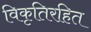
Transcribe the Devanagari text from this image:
विकृतिरहित